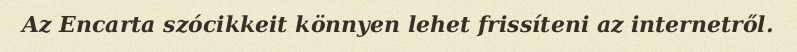
Az Encarta szócikkeit könnyen lehet frissíteni az internetről.